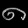
Digit: ၈